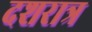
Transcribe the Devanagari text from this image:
दशरात्र